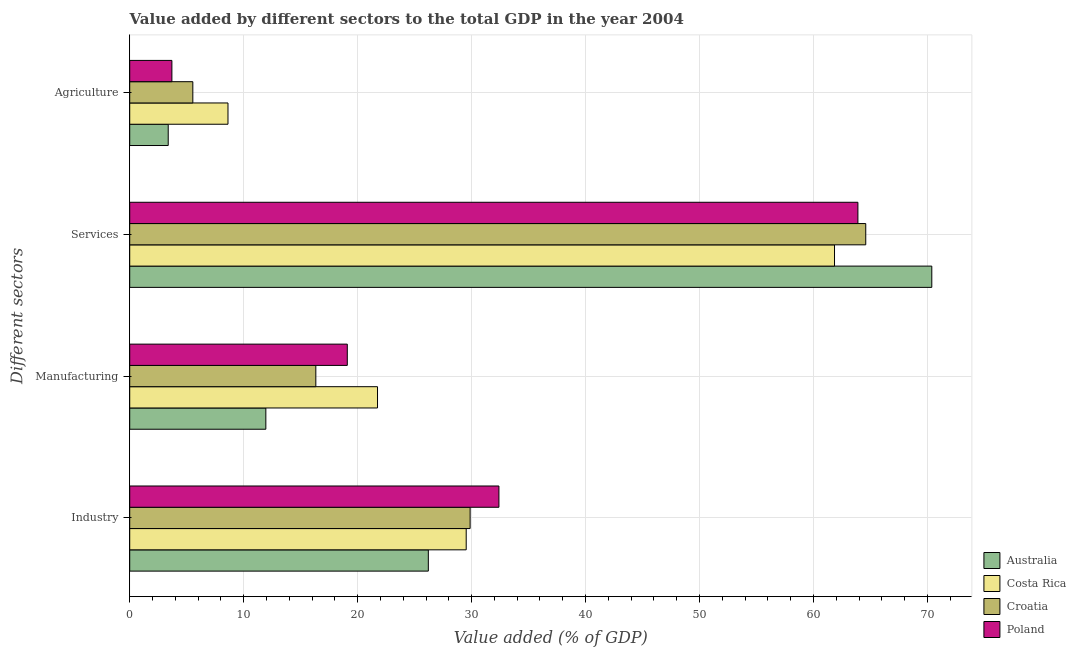
| Different sectors | Australia | Costa Rica | Croatia | Poland |
 | --- | --- | --- | --- | --- |
 | Industry | 26.2 | 29.5 | 29.9 | 32.4 |
 | Manufacturing | 11.9 | 21.7 | 16.3 | 19.1 |
 | Services | 70.4 | 61.8 | 64.6 | 63.9 |
 | Agriculture | 3.38 | 8.62 | 5.54 | 3.7 |